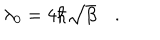
\lambda _ { 0 } = 4 \hbar \sqrt { \beta } \quad .